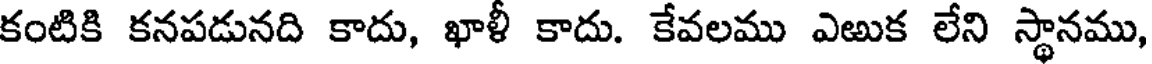
కంటికి కనపడునది కాదు, ఖాళీ కాదు. కేవలము ఎఱుక లేని స్థానము,